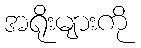
အရိုးများကို